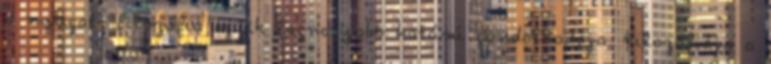
a nyugati filozófia egyik legnagyobb hatású gondolkodója. Filozófiája a